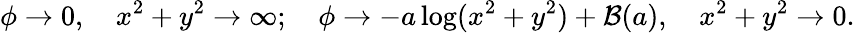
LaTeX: \phi\rightarrow 0,\quad x^{2}+y^{2}\rightarrow\infty;\quad\phi\rightarrow-a\log(x^{2}+y^{2})+{\cal B}(a),\quad x^{2}+y^{2}\rightarrow 0.